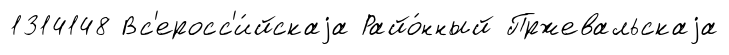
1314148 Вс'еросс'и́йскаjа Райо́нный Пржевальскаjа